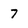
Character: 7